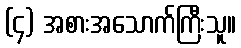
(၄) အစားအသောက်ကြီးသူ။